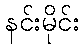
နင်းမိုင်း